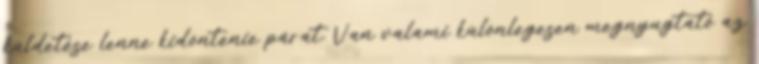
küldetése lenne kidöntenie párat. Van valami különlegesen megnyugtató az